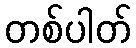
တစ်ပါတ်